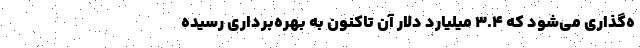
ه‌گذاری می‌شود که ۳.۴ میلیارد دلار آن تاکنون به بهره‌برداری رسیده